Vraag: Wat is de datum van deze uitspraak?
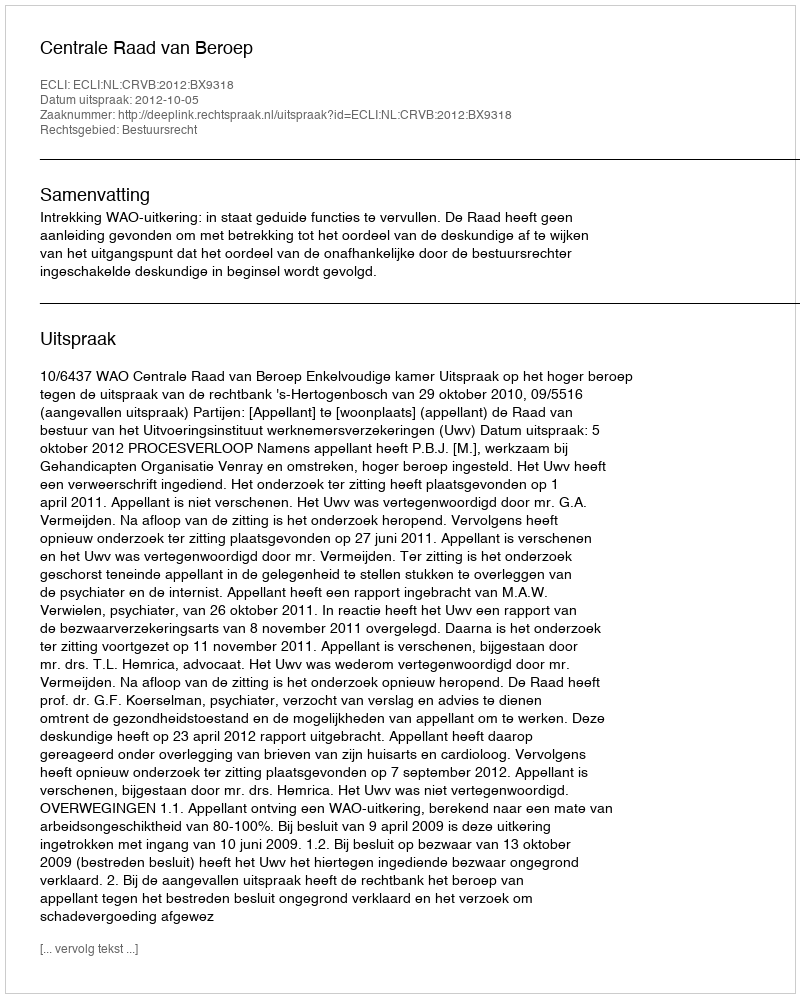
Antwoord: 2012-10-05